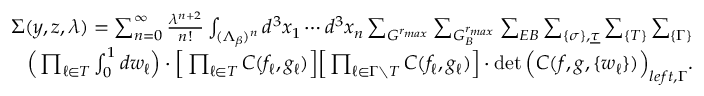
\begin{array} { r l r } & { } & { \Sigma ( y , z , \lambda ) = \sum _ { n = 0 } ^ { \infty } \frac { \lambda ^ { n + 2 } } { n ! } \int _ { ( { \Lambda _ { \beta } } ) ^ { n } } d ^ { 3 } x _ { 1 } \cdots d ^ { 3 } x _ { n } \sum _ { { \cal G } ^ { r _ { m a x } } } \sum _ { { \cal G } _ { \cal B } ^ { r _ { m a x } } } \sum _ { { \cal E B } } \sum _ { \{ \sigma \} , \underline { \tau } } \sum _ { \{ { \cal T } \} } \sum _ { \{ \Gamma \} } } \\ & { } & { \quad \Big ( \prod _ { \ell \in { \cal T } } \int _ { 0 } ^ { 1 } d w _ { \ell } \Big ) \cdot \Big [ \prod _ { \ell \in { \cal T } } C ( f _ { \ell } , g _ { \ell } ) \Big ] \Big [ \prod _ { \ell \in \Gamma \setminus { \cal T } } C ( f _ { \ell } , g _ { \ell } ) \Big ] \cdot \operatorname* { d e t } \Big ( C ( f , g , \{ w _ { \ell } \} ) \Big ) _ { l e f t , \Gamma } . } \end{array}